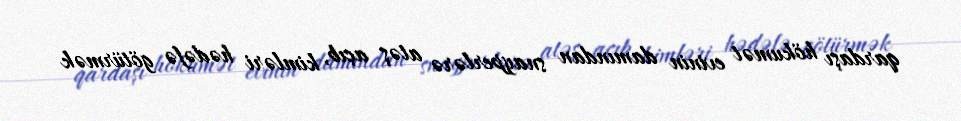
qardaşı hökumət evinin damından snayperlərə atəş açıb, kimləri hədəfə götürmək